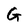
Character: G